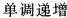
单调递增